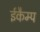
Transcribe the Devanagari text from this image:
ईकैम्प